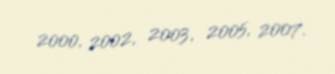
2000, 2002, 2003, 2005, 2007.